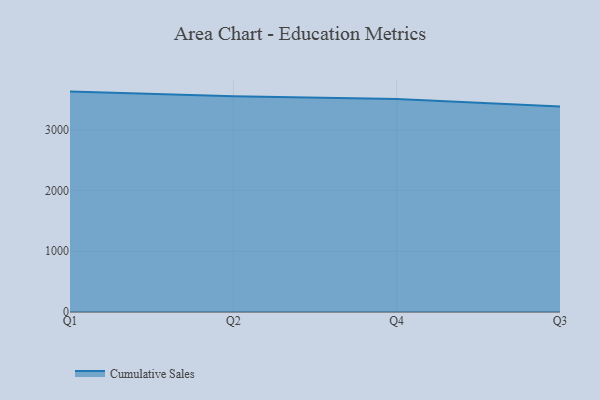
{"axis": {"x": "Quarter", "y": "Tickets Resolved"}, "legend": ["Cumulative Sales"], "data": [{"x": "Q1", "y": 3630.1, "type": "Cumulative Sales"}, {"x": "Q2", "y": 3551.7, "type": "Cumulative Sales"}, {"x": "Q4", "y": 3508.9, "type": "Cumulative Sales"}, {"x": "Q3", "y": 3385.6, "type": "Cumulative Sales"}]}